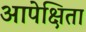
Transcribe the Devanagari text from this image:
आपेक्षिता